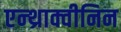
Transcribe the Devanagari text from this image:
एन्थ्राक्वीनिन